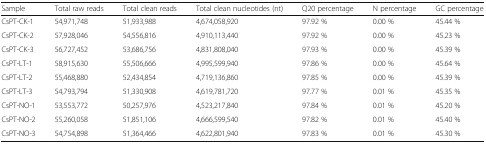
<table><thead><tr><td><b>Sample</b></td><td><b>Total raw reads</b></td><td><b>Total clean reads</b></td><td><b>Total clean nucleotides (nt)</b></td><td><b>Q20 percentage</b></td><td><b>N percentage</b></td><td><b>GC percentage</b></td></tr></thead><tbody><tr><td>CsPT-CK-1</td><td>54,971,748</td><td>51,933,988</td><td>4,674,058,920</td><td>97.92 %</td><td>0.00 %</td><td>45.44 %</td></tr><tr><td>CsPT-CK-2</td><td>57,928,046</td><td>54,556,816</td><td>4,910,113,440</td><td>97.92 %</td><td>0.00 %</td><td>45.23 %</td></tr><tr><td>CsPT-CK-3</td><td>56,727,452</td><td>53,686,756</td><td>4,831,808,040</td><td>97.93 %</td><td>0.00 %</td><td>45.39 %</td></tr><tr><td>CsPT-LT-1</td><td>58,915,630</td><td>55,506,666</td><td>4,995,599,940</td><td>97.86 %</td><td>0.00 %</td><td>45.64 %</td></tr><tr><td>CsPT-LT-2</td><td>55,468,880</td><td>52,434,854</td><td>4,719,136,860</td><td>97.85 %</td><td>0.00 %</td><td>45.39 %</td></tr><tr><td>CsPT-LT-3</td><td>54,793,794</td><td>51,330,908</td><td>4,619,781,720</td><td>97.77 %</td><td>0.01 %</td><td>45.35 %</td></tr><tr><td>CsPT-NO-1</td><td>53,553,772</td><td>50,257,976</td><td>4,523,217,840</td><td>97.84 %</td><td>0.01 %</td><td>45.20 %</td></tr><tr><td>CsPT-NO-2</td><td>55,260,058</td><td>51,851,106</td><td>4,666,599,540</td><td>97.82 %</td><td>0.01 %</td><td>45.40 %</td></tr><tr><td>CsPT-NO-3</td><td>54,754,898</td><td>51,364,466</td><td>4,622,801,940</td><td>97.83 %</td><td>0.01 %</td><td>45.30 %</td></tr></tbody></table>